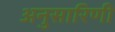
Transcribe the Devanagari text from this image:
अनुसारिणी